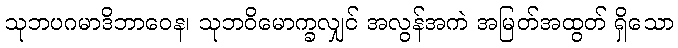
သုဘပဂမာဒိဘာဝေန၊ သုဘဝိမောက္ခလျှင် အလွန်အကဲ အမြတ်အထွတ် ရှိသော